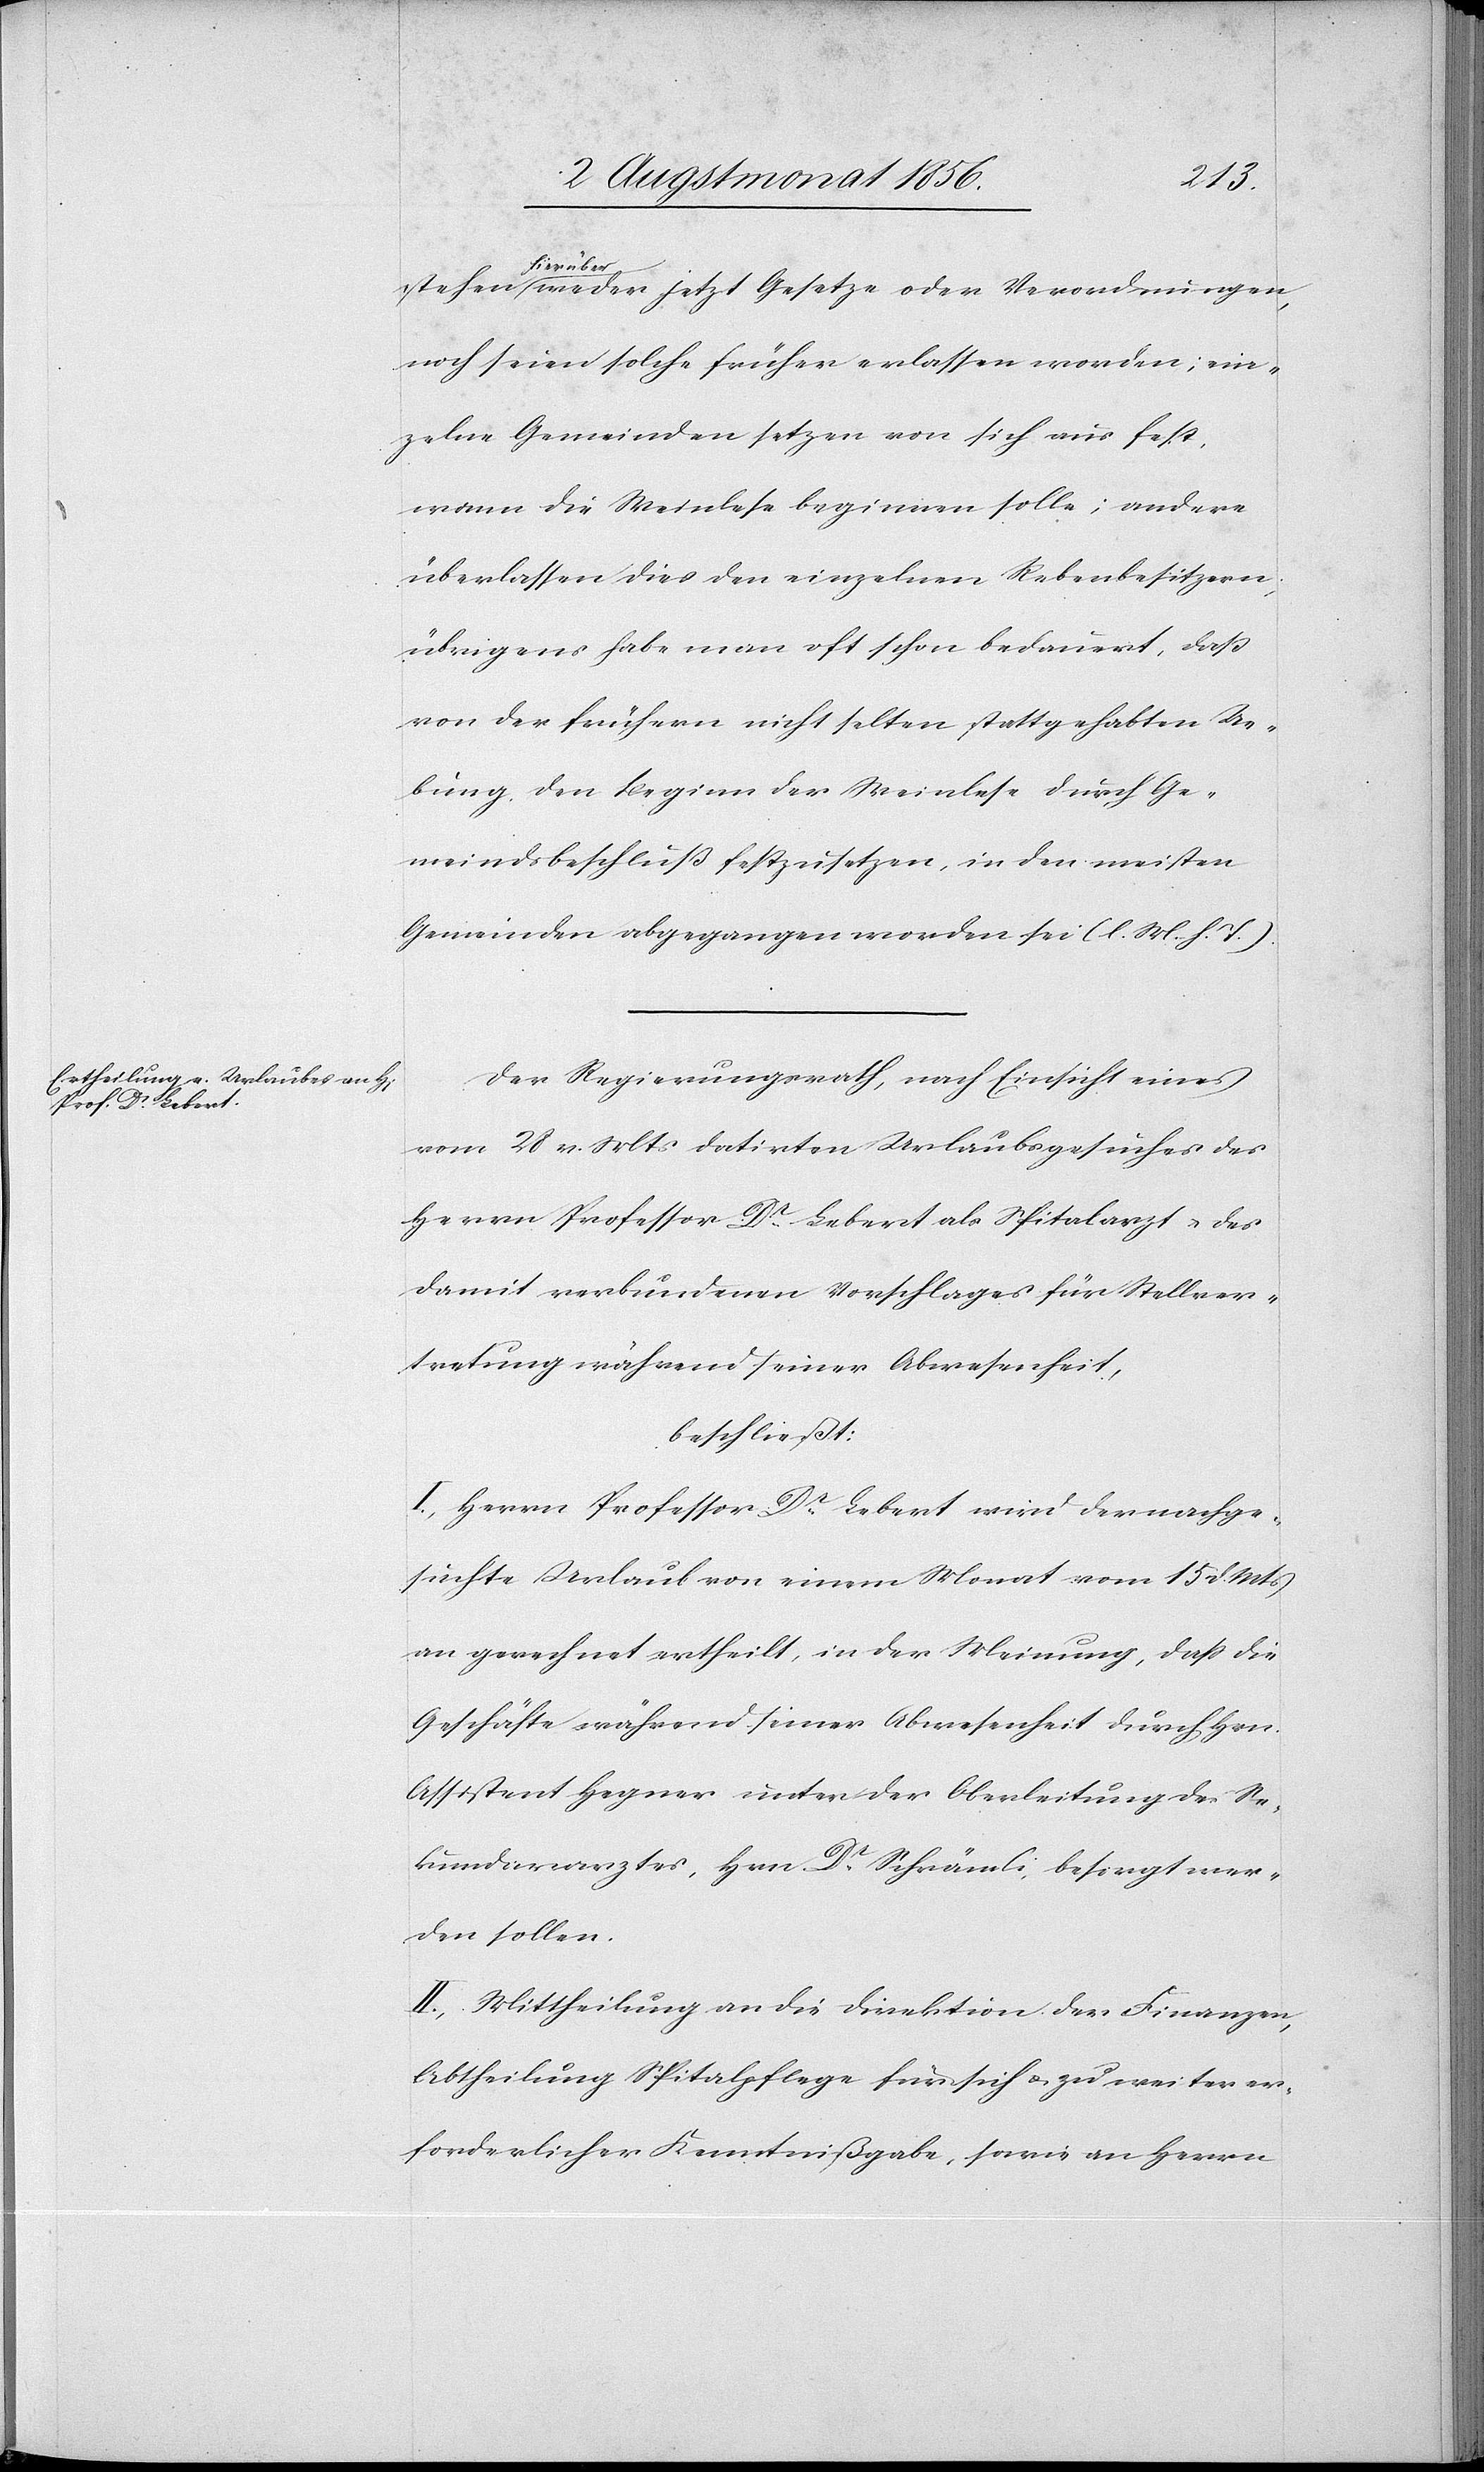
a-hierüb¬
er-a weder jetzt Gesetze oder Verordnungen,
noch seien solche früher erlassen worden; ein¬
zelne Gemeinden setzen von sich aus fest,
wann die Weinlese beginnen solle; andere
überlassen dies den einzelnen Rebenbesitzern;
übrigens habe man oft schon bedauert, dass
von der frühern nicht selten stattgehabten Ue¬
bung den Beginn der Weinlese durch Ge¬
meindsbeschluß festzusetzen, in den meisten
Gemeinden abgegangen worden sei (l. M. h. T.).
Der Regierungsrath, nach Einsicht eines
vom 28 v. Mts datirten Urlaubsgesuches des
Herrn Professor Dr Lebert als Spitalarzt u. des
damit verbundenen Vorschlages für Stellver¬
tretung während seiner Abwesenheit,
beschließt:
I.) Herrn Professor Dr Lebert wird der nachge¬
suchte Urlaub von einem Monat vom 15 d. Mts
an gerechnet ertheilt, in der Meinung, dass die
Geschäfte während seiner Abwesenheit durch Hrn.
Assistent Hegner unter der Oberleitung des Se¬
kundararztes, Hrn. Dr Schrämli, besorgt wer¬
den sollen.
II.) Mittheilung an die Direktion der Finanzen,
Abtheilung Spitalpflege für sich u. zu weiter er¬
forderlicher Kenntnißgabe, sowie an Herrn